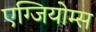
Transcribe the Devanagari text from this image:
एग्जियोम्स